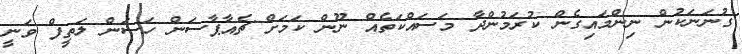
ގުނަނަކުން ނިންމައިގެން ކުރަމުންދާ މަސައްކަތެއް ނޫން ކަމަށް ޗެއާޕާސަން ހަސަން ލަތީފް ވަނީ